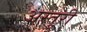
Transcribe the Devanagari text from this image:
अस्तुरी